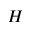
H _ { \l }